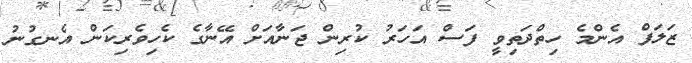
ޒަލަފް އެންމެ ހިތްދަތިވީ ފަސް އަހަރު ކުރިން ޖަނާއަށް އޭނާގެ ކެހިވެރިކަން އެނގުނު